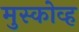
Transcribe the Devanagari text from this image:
मुस्कोव्ह